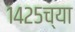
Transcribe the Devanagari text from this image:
१४२५च्या